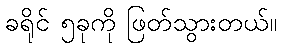
ခရိုင် ၅ခုကို ဖြတ်သွားတယ်။